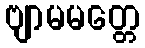
ဗျာမမတ္တေ